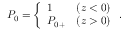
\begin{array} { r } { { P } _ { 0 } = \left\{ \begin{array} { l l l } { 1 } & { ( z < 0 ) } \\ { { P } _ { 0 + } } & { ( z > 0 ) } \end{array} \right. . } \end{array}